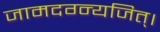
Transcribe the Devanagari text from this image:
जामदग्न्यजित्‌।